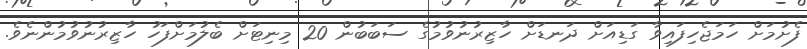
ފެށުމަށް ހަމަޖެހިފައިވާ ގަޑިއަށް ދަނޑަށް ހާޒިރުނުވުމުގެ ސަބަބުން 20 މިނިޓަށް ބެލުމަށްފަހު ހާޒިރުނުވުމުންނެވެ.